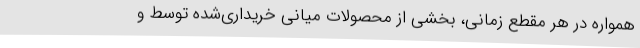
همواره در هر مقطع زمانی، بخشی از محصولات میانی خریداری‌شده توسط و